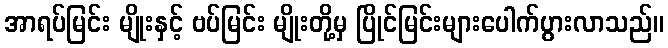
အာရပ်မြင်း မျိုးနှင့် ဗပ်မြင်း မျိုးတို့မှ ပြိုင်မြင်းများပေါက်ပွားလာသည်။